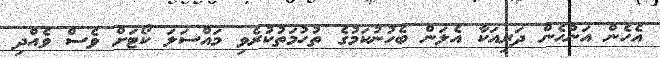
އެހެން އަންހެން ދަރިއަކާ އެލަން ބެހުނުކަމުގެ ތުހުމަތުކުރެވި މައްސަލަ ކޯޓަށް ވެސް ވެއްދި